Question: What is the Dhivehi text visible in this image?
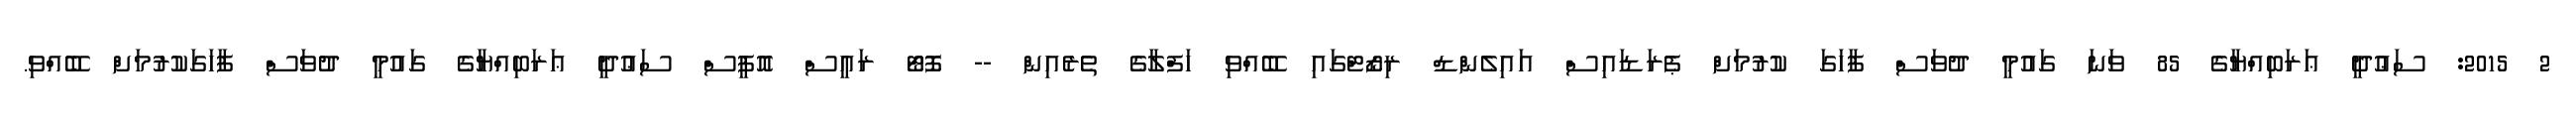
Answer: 2 2015: ސަޢުދީ ޢަރަބިއްޔާގެ 85 ވަނަ ގައުމީ ދުވަސް ފާހަގަ ކުރުމަށް ޕެރަޑައިސް އައިލެންޑް ރިޒޯޓްގައި ބޭއްވި ހަފްލާގެ ތެރެއިން -- ފޮޓޯ ރައީސް އޮފީސް ސަޢުދީ ޢަރަބިއްޔާގެ ގައުމީ ދުވަސް ފާހަގަކުރުމަށް ބޭއްވި.